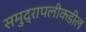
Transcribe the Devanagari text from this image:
समुद्रापलीकडील